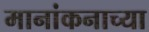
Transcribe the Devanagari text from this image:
मानांकनाच्या